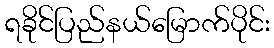
ရခိုင်ပြည်နယ်မြောက်ပိုင်း